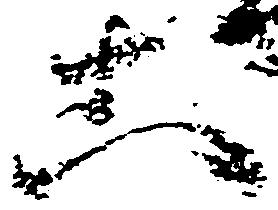
等